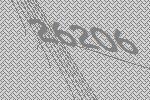
26206